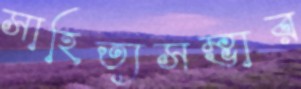
সাহিত্যসম্ভার